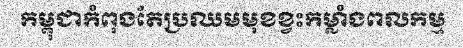
កម្ពុជាកំពុងតែប្រឈមមុខខ្វះកម្លាំងពលកម្ម